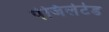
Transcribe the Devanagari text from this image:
पेजिलेटेड